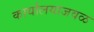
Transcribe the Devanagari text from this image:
कार्यालयाजवळ